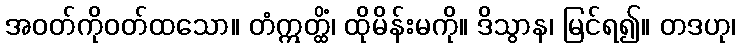
အဝတ်ကိုဝတ်ထသော။ တံဣတ္ထိံ၊ ထိုမိန်းမကို။ ဒိသွာန၊ မြင်ရ၍။ တဒဟု၊